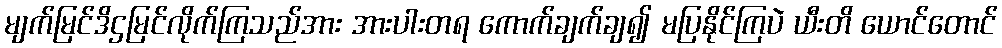
မျက်မြင်ဒိဌမြင်လိုက်ကြသည်အား အားပါးတရ ကောက်ချက်ချ၍ မပြနိုင်ကြပဲ ယီးတိ ယောင်တောင်